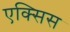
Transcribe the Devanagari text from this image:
एक्‍सिस